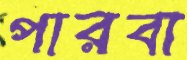
পারবা